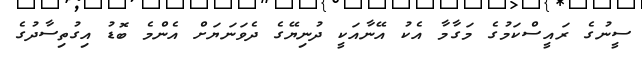
ސީނުގެ ރައީސްކަމުގެ މަގާމާ އެކު އޭނާއަކީ ދުނިޔޭގެ ދެވަނަޔަށް އެންމެ ބޮޑު އިގުތިސާދުގެ